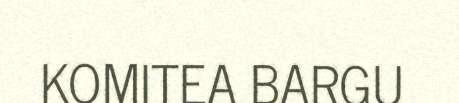
KOMITEA BARGU